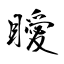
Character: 瞹